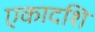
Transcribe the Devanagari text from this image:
एकादशि